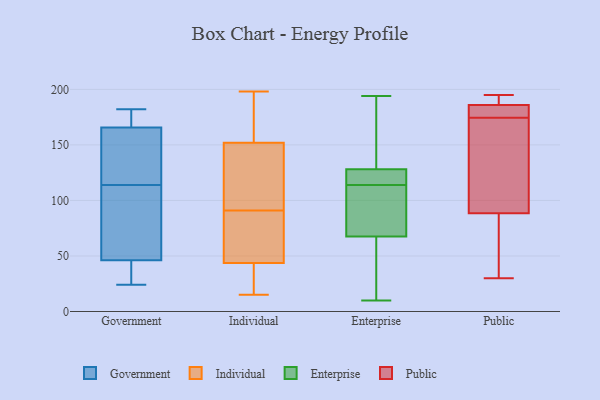
{"axis": {"x": "Active Users", "y": "Value"}, "legend": ["Enterprise", "Government", "Individual", "Public"], "data": [{"x": "", "y": 177, "type": "Government"}, {"x": "", "y": 114, "type": "Government"}, {"x": "", "y": 182, "type": "Government"}, {"x": "", "y": 67, "type": "Government"}, {"x": "", "y": 41, "type": "Government"}, {"x": "", "y": 144, "type": "Government"}, {"x": "", "y": 166, "type": "Government"}, {"x": "", "y": 62, "type": "Government"}, {"x": "", "y": 182, "type": "Government"}, {"x": "", "y": 27, "type": "Government"}, {"x": "", "y": 116, "type": "Government"}, {"x": "", "y": 116, "type": "Government"}, {"x": "", "y": 83, "type": "Government"}, {"x": "", "y": 165, "type": "Government"}, {"x": "", "y": 24, "type": "Government"}, {"x": "", "y": 40, "type": "Government"}, {"x": "", "y": 100, "type": "Government"}, {"x": "", "y": 35, "type": "Government"}, {"x": "", "y": 181, "type": "Government"}, {"x": "", "y": 73, "type": "Individual"}, {"x": "", "y": 162, "type": "Individual"}, {"x": "", "y": 40, "type": "Individual"}, {"x": "", "y": 126, "type": "Individual"}, {"x": "", "y": 40, "type": "Individual"}, {"x": "", "y": 49, "type": "Individual"}, {"x": "", "y": 157, "type": "Individual"}, {"x": "", "y": 15, "type": "Individual"}, {"x": "", "y": 100, "type": "Individual"}, {"x": "", "y": 174, "type": "Individual"}, {"x": "", "y": 137, "type": "Individual"}, {"x": "", "y": 68, "type": "Individual"}, {"x": "", "y": 42, "type": "Individual"}, {"x": "", "y": 116, "type": "Individual"}, {"x": "", "y": 77, "type": "Individual"}, {"x": "", "y": 15, "type": "Individual"}, {"x": "", "y": 198, "type": "Individual"}, {"x": "", "y": 194, "type": "Individual"}, {"x": "", "y": 91, "type": "Individual"}, {"x": "", "y": 114, "type": "Enterprise"}, {"x": "", "y": 138, "type": "Enterprise"}, {"x": "", "y": 116, "type": "Enterprise"}, {"x": "", "y": 94, "type": "Enterprise"}, {"x": "", "y": 194, "type": "Enterprise"}, {"x": "", "y": 129, "type": "Enterprise"}, {"x": "", "y": 66, "type": "Enterprise"}, {"x": "", "y": 114, "type": "Enterprise"}, {"x": "", "y": 23, "type": "Enterprise"}, {"x": "", "y": 39, "type": "Enterprise"}, {"x": "", "y": 107, "type": "Enterprise"}, {"x": "", "y": 10, "type": "Enterprise"}, {"x": "", "y": 72, "type": "Enterprise"}, {"x": "", "y": 125, "type": "Enterprise"}, {"x": "", "y": 187, "type": "Enterprise"}, {"x": "", "y": 182, "type": "Public"}, {"x": "", "y": 194, "type": "Public"}, {"x": "", "y": 107, "type": "Public"}, {"x": "", "y": 46, "type": "Public"}, {"x": "", "y": 184, "type": "Public"}, {"x": "", "y": 195, "type": "Public"}, {"x": "", "y": 30, "type": "Public"}, {"x": "", "y": 114, "type": "Public"}, {"x": "", "y": 174, "type": "Public"}, {"x": "", "y": 188, "type": "Public"}, {"x": "", "y": 175, "type": "Public"}, {"x": "", "y": 70, "type": "Public"}]}